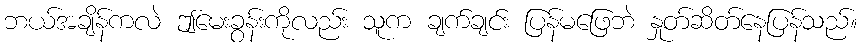
ဘယ်အချိန်ကလဲ ဤမေးခွန်းကိုလည်း သူက ချက်ချင်း ပြန်မဖြေဘဲ နှုတ်ဆိတ်နေပြန်သည်။